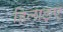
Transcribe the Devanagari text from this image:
हिलाइए